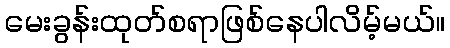
မေးခွန်းထုတ်စရာဖြစ်နေပါလိမ့်မယ်။